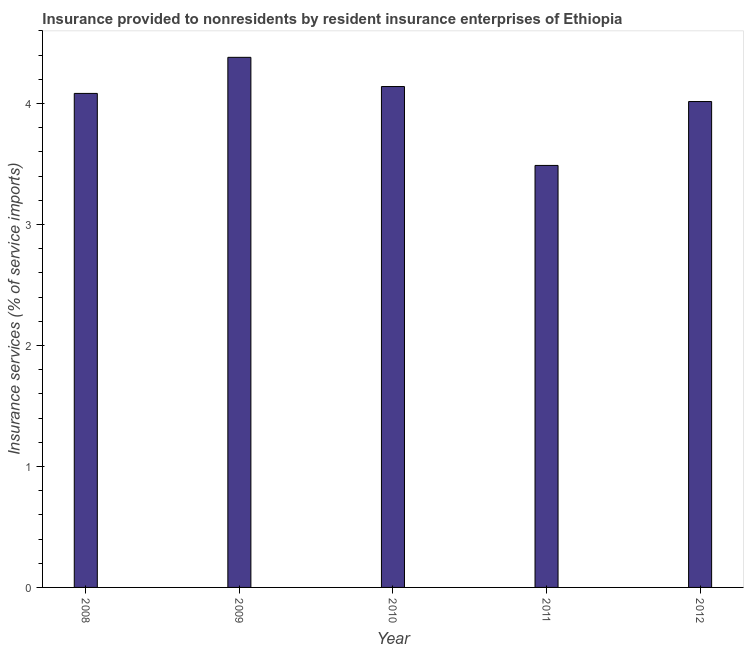
| Year | Insurance and financial services |
 | --- | --- |
 | 2008 | 4.08 |
 | 2009 | 4.38 |
 | 2010 | 4.14 |
 | 2011 | 3.49 |
 | 2012 | 4.02 |